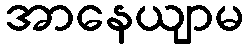
အာနေယျာမ